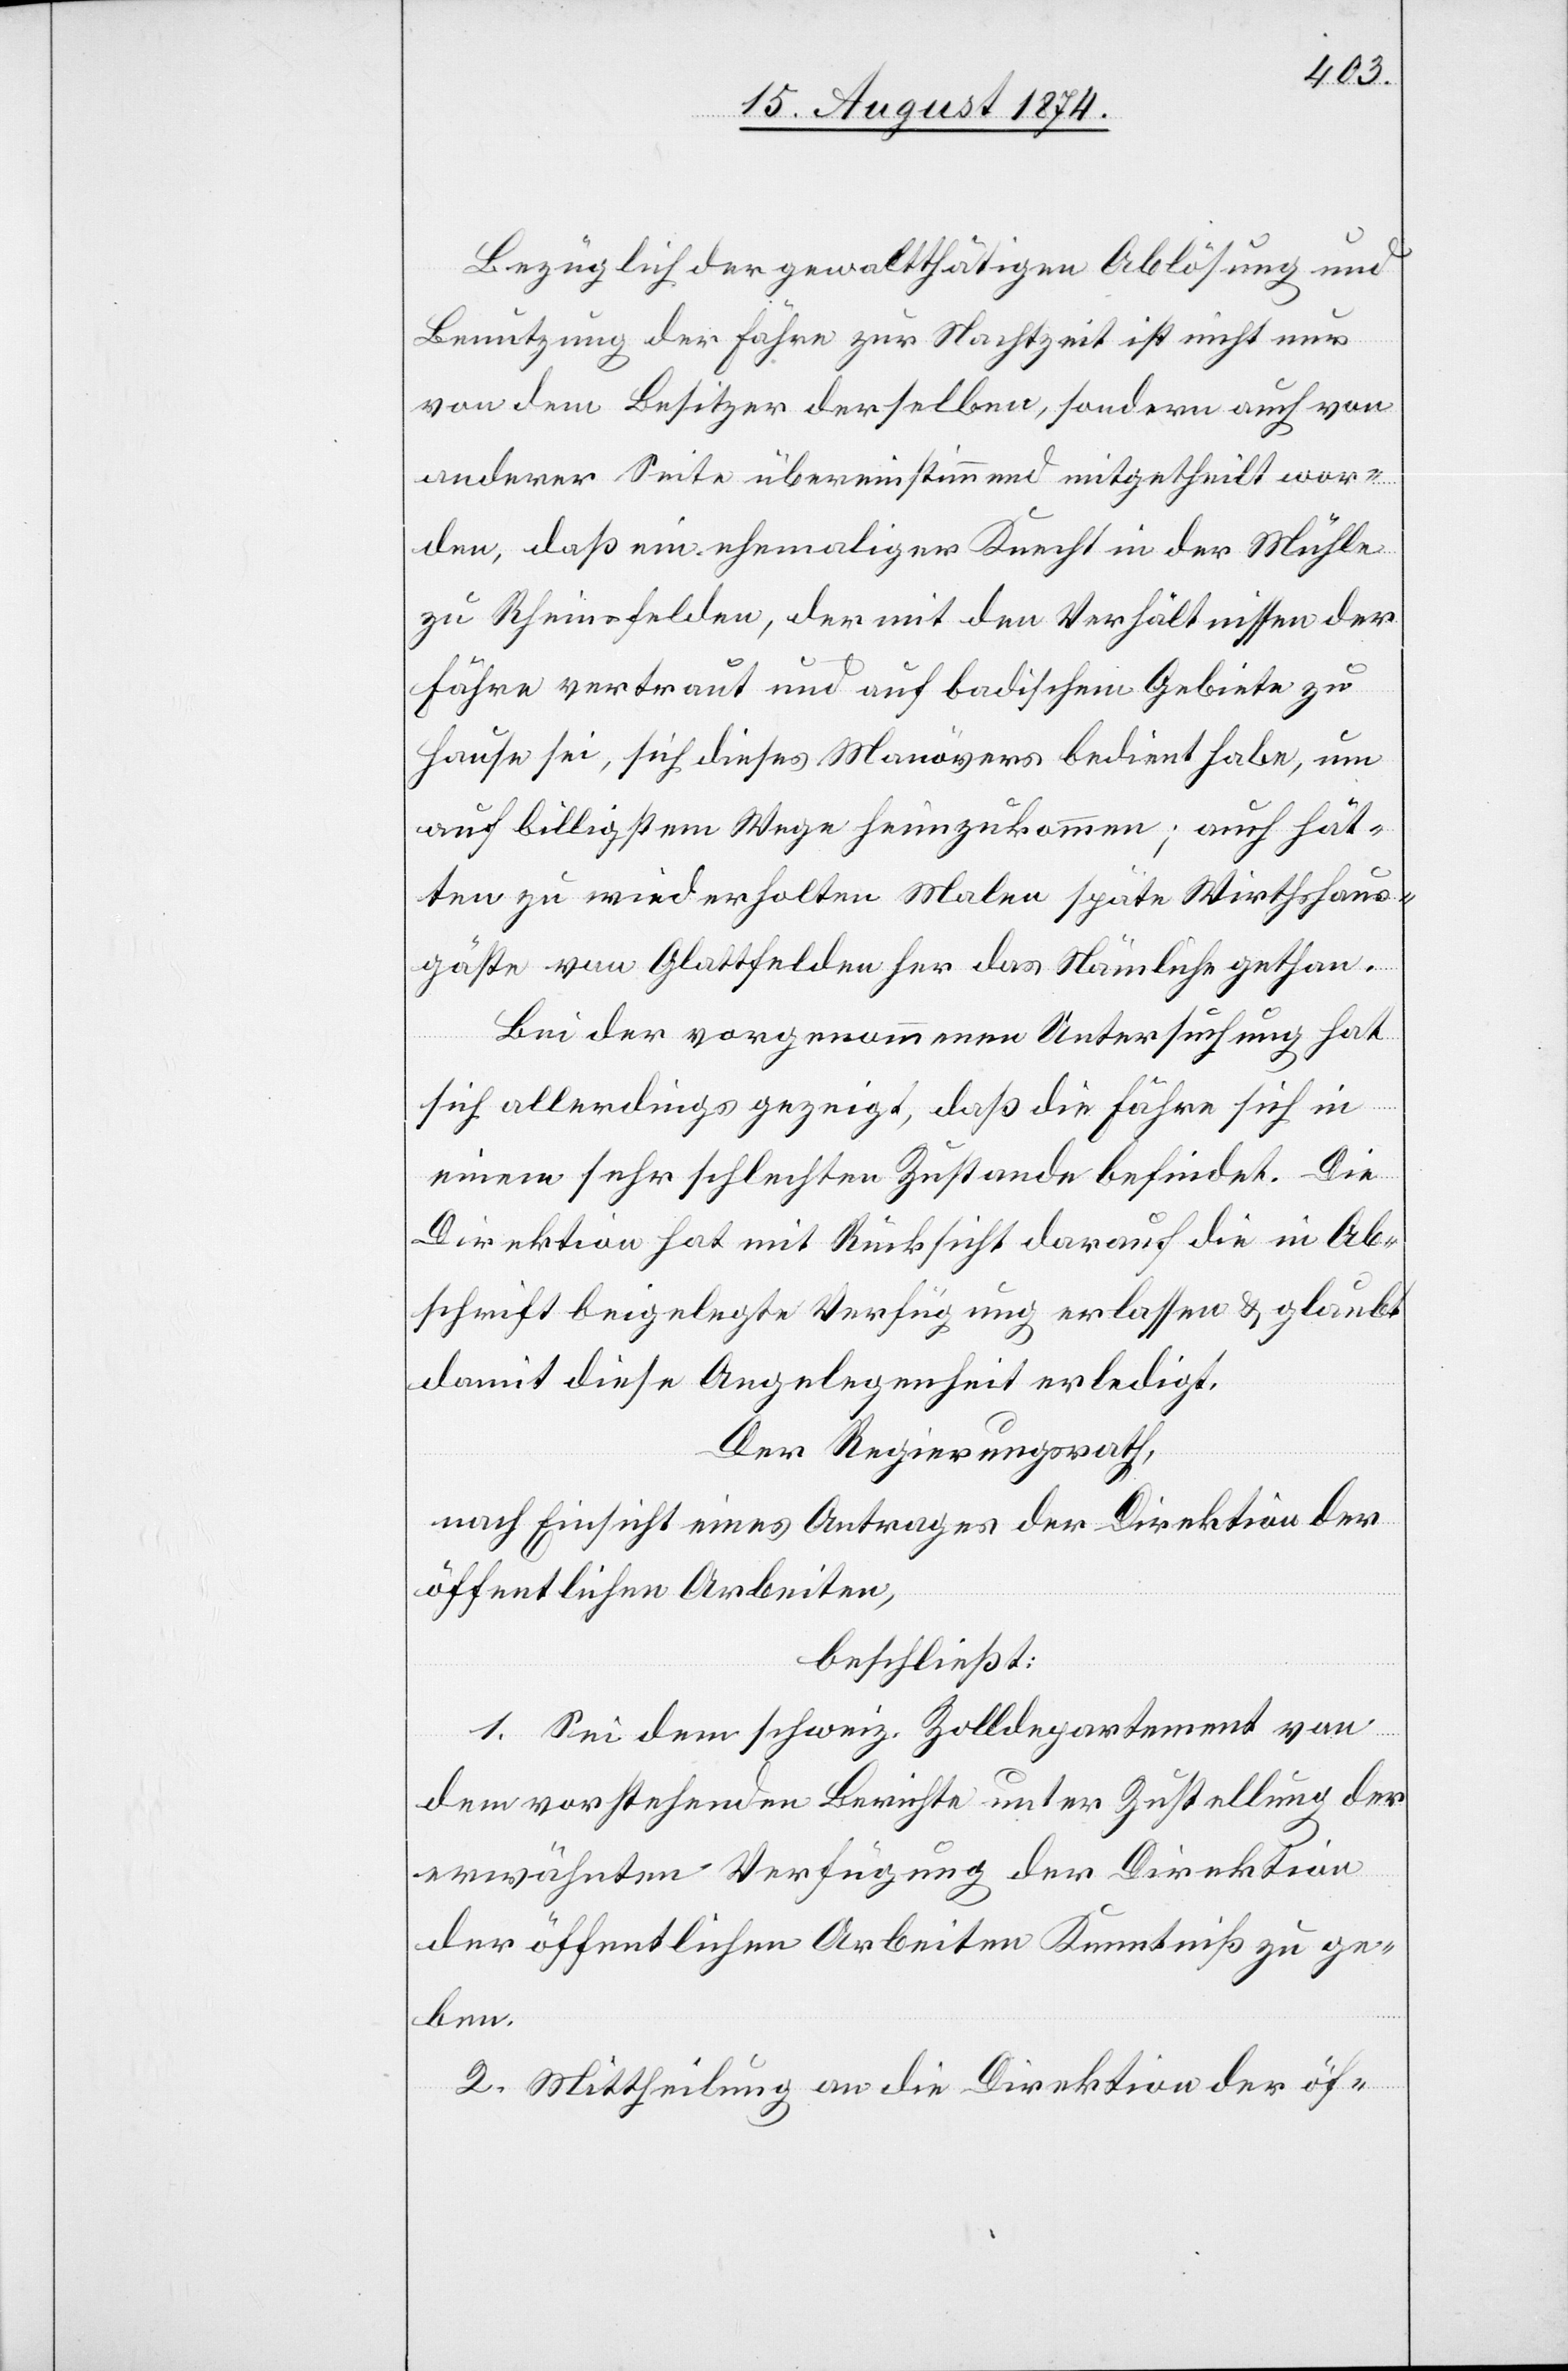
Bezüglich der gewaltthätigen Ablösung und
Benutzung der Fähre zur Nachtzeit ist nicht nur
von dem Besitzer derselben, sondern auch von
anderer Seite übereinstimmend mitgetheilt wor¬
den, daß ein ehemaliger Knecht in der Mühle
zu Rheinfelden, der mit den Verhältnissen der
Fähre vertraut und auf badischem Gebiete zu
Hause sei, sich dieses Manövers bedient habe, um
auf billigstem Wege heimzukommen; auch hät¬
ten zu wiederholten Malen späte Wirthshaus¬
gäste von Glattfelden her das Nämliche gethan.
Bei der vorgenommenen Untersuchung hat
sich allerdings gezeigt, daß die Fähre sich in
einem sehr schlechten Zustande befindet. Die
Direktion hat mit Rücksicht darauf in Ab¬
schrift beigelegte Verfügung erlassen u. glaubt
damit diese Angelegenheit erledigt.
Der Regierungsrath,
nach Einsicht eines Antrages der Direktion der
öffentlichen Arbeiten,
beschließt:
1. Sei dem schweiz. Zolldepartement von
dem vorstehenden Berichte unter Zustellung der
erwähnten Verfügung der Direktion
der öffentlichen Arbeiten Kenntniß zu ge¬
ben.
2. Mittheilung an die Direktion der öf-